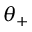
\theta _ { + }